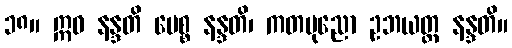
၁၈။ ဣဓ နန္ဒတိ ပေစ္စ နန္ဒတိ၊ ကတပုညော ဥဘယတ္ထ နန္ဒတိ။